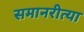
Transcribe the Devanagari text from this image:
समानरीत्या